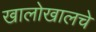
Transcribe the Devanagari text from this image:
खालोखालचे